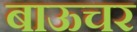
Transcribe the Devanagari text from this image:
बाऊचर